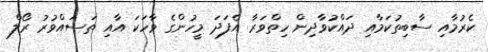
ކެރުމާއި ސާބިތުކަމާއި ދައްކުވާދިން ހިތްވަރާ އެފަދަ މީހުންގެ ވާހަކަ އާއި ތަސައްވުރު ރޯލް